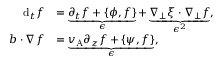
\begin{array} { r l } { \mathrm { d } _ { t } f } & { = \underbrace { \partial _ { t } f + \{ \phi , f \} } _ { \epsilon } + \underbrace { \nabla _ { \perp } \xi \cdot \nabla _ { \perp } f } _ { \epsilon ^ { 2 } } , } \\ { \boldsymbol { b } \cdot \nabla f } & { = \underbrace { v _ { \mathrm { A } } \partial _ { z } f + \{ \psi , f \} } _ { \epsilon } , } \end{array}